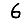
Digit: 6